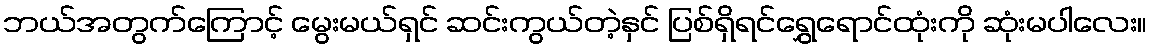
ဘယ်အတွက်ကြောင့် မွေးမယ်ရှင် ဆင်းကွယ်တဲ့နှင် ပြစ်ရှိရင်ရွှေရောင်ထုံးကို ဆုံးမပါလေး။